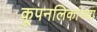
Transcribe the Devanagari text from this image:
कूपनलिकांच्या